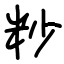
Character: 粆